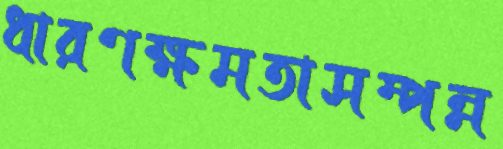
ধারণক্ষমতাসম্পন্ন